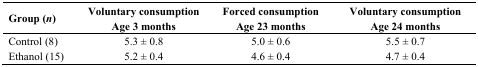
| Group (n) | Voluntary consumption Age 3 months | Forced consumption Age 23 months | Voluntary consumption Age 24 months |
 | --- | --- | --- | --- |
 | Control (8) | 5.3 ± 0.8 | 5.0 ± 0.6 | 5.5 ± 0.7 |
 | Ethanol (15) | 5.2 ± 0.4 | 4.6 ± 0.4 | 4.7 ± 0.4 |